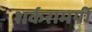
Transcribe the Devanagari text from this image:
शर्करामयी